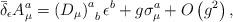
LaTeX: \begin{align*}\bar \delta _\epsilon A_\mu ^a=\left( D_\mu \right)_{\;\;b}^a\epsilon ^b+g\sigma _\mu ^a+O\left( g^2\right) ,\end{align*}